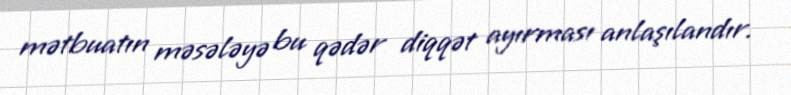
mətbuatın məsələyə bu qədər diqqət ayırması anlaşılandır.